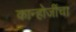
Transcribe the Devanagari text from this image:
कान्होजींचा